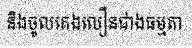
និងចូលគេងលឿនជាងធម្មតា